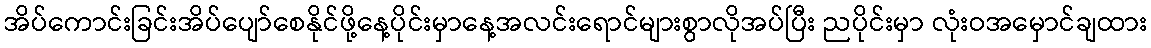
အိပ်ကောင်းခြင်းအိပ်ပျော်စေနိုင်ဖို့နေ့ပိုင်းမှာနေ့အလင်းရောင်များစွာလိုအပ်ပြီး ညပိုင်းမှာ လုံးဝအမှောင်ချထား